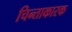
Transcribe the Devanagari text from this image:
चिन्ताकारक